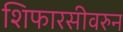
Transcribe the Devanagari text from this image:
शिफारसीवरुन